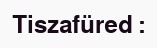
Tiszafüred :